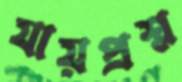
যায়প্রশ্ন